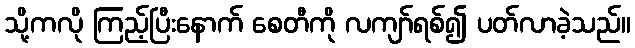
သို့ကလို ကြည့်ပြီးနောက် စေတီကို လကျာ်ရစ်၍ ပတ်လာခဲ့သည်။